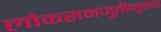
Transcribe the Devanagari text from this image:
लोकसमजुतीनुसार